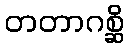
တတာဂစ္ဆိ